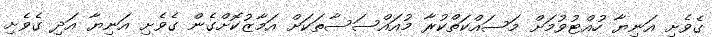
ގެވެށި އަނިޔާ ހުއްޓުވުމަށް މަސައްކަތްކުރާ މުއައްސަސާތަކަށް އަމާޒުކޮށްގެން ގެވެށި އަނިޔާ އަދި ގެވެށި